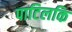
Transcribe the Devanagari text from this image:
पाटिलकि